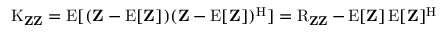
\operatorname { K } _ { \mathbf { Z } \mathbf { Z } } = \operatorname { E } [ ( \mathbf { Z } - \operatorname { E } [ \mathbf { Z } ] ) ( \mathbf { Z } - \operatorname { E } [ \mathbf { Z } ] ) ^ { \mathrm { { H } } } ] = \operatorname { R } _ { \mathbf { Z } \mathbf { Z } } - \operatorname { E } [ \mathbf { Z } ] \operatorname { E } [ \mathbf { Z } ] ^ { \mathrm { { H } } }